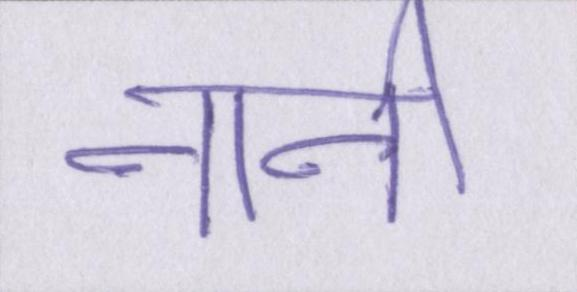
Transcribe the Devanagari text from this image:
नानी